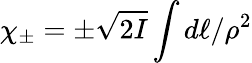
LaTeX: \chi_{\pm}=\pm\sqrt{2I}\int d\ell/\rho^{2}